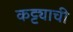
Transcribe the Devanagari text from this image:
कट्ट्याची